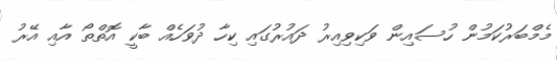
މެމްބަރުކަމުން ހުސައިން ވަކިވިއިރު ދައުރުގައި ކިހާ ދުވަހެއް ބާކީ އޮތްތޯ އާއި އޭރު